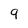
Character: 9